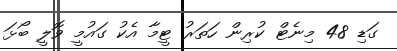
ގަޑި 48 މިނެޓް ކުރިން ހަތަރު ޓީމާ އެކު ގައުމީ ވޮލީ ބޯޅަ